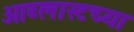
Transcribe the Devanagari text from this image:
ओब्लास्टच्या